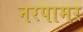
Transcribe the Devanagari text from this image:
नरपामर